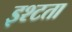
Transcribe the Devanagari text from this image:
इश्टता